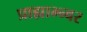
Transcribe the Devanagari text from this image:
प्राह्याभ्न्वर